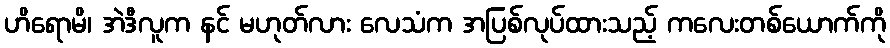
ဟိရောမိ၊ အဲဒီလူက နင် မဟုတ်လား လေသံက အပြစ်လုပ်ထားသည့် ကလေးတစ်ယောက်ကို